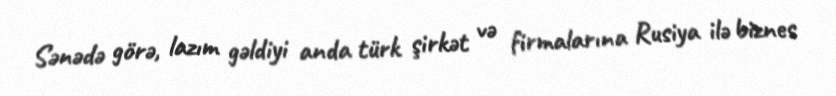
Sənədə görə, lazım gəldiyi anda türk şirkət və firmalarına Rusiya ilə biznes